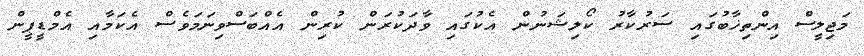
މަޖިލީސް އިންތިޚާބުގައި ސަރުކާރު ކޯލިޝަނުން އެކުގައި ވާދަކުރަން ކުރިން އެއްބަސްވިނަމަވެސް އެކަމާއި އެމްޑީޕީން